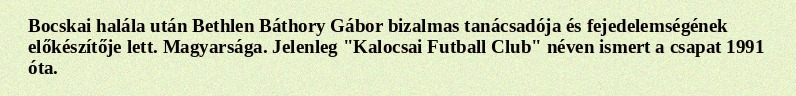
Bocskai halála után Bethlen Báthory Gábor bizalmas tanácsadója és fejedelemségének előkészítője lett. Magyarsága. Jelenleg "Kalocsai Futball Club" néven ismert a csapat 1991 óta.